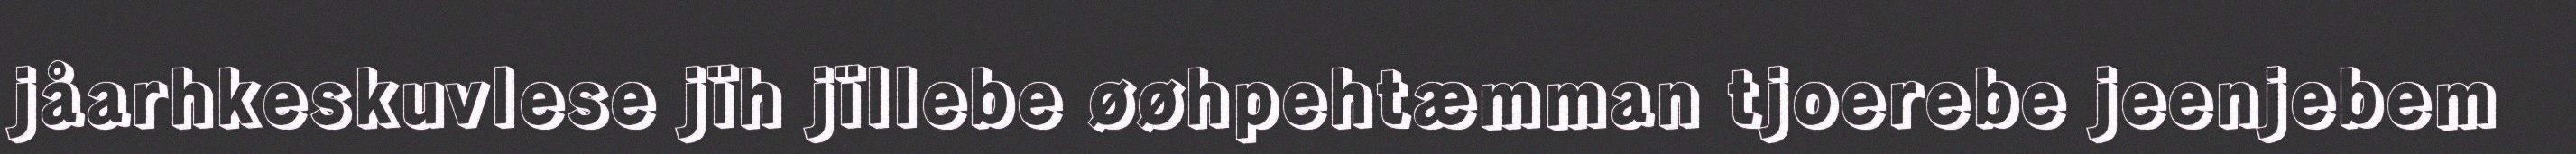
jåarhkeskuvlese jïh jïllebe øøhpehtæmman tjoerebe jeenjebem